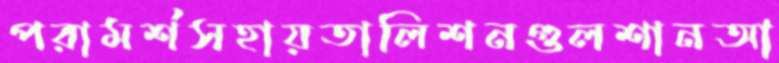
পরামর্শসহায়তালিশনগুলশানআ